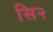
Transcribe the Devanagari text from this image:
सि२